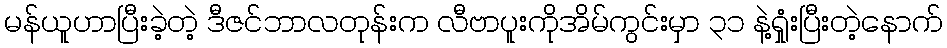
မန်ယူဟာပြီးခဲ့တဲ့ ဒီဇင်ဘာလတုန်းက လီဗာပူးကိုအိမ်ကွင်းမှာ ၃၁ နဲ့ရှုံးပြီးတဲ့နောက်